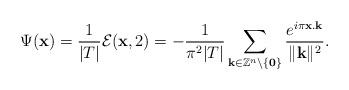
LaTeX: \begin{align*} \Psi (\mathbf{x})=\dfrac{1}{\vert T\vert}\mathcal{E}(\mathbf{x},2)=-\dfrac{1 }{\pi^{2}\vert T\vert}\sum_{\mathbf{k}\in \mathbb{Z}^{n}\setminus \mathbf{\lbrace 0\rbrace}}\dfrac{e^{i\pi\mathbf{x}.\mathbf{k}}}{\Vert\mathbf{k}\Vert^{2}}.\end{align*}